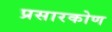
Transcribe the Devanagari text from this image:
प्रसारकोण